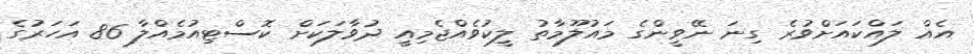
އެއް ލައްކައަށްވުރެ ގިނަ ނޭވީންގެ މައުލޫމާތު ލީކުވެއްޖެމިއީ ދުވާލަކަށް ކޮސްޓިއުމެއްލާ 86 އަހަރުގެ